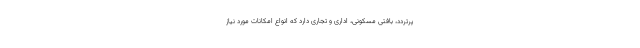
پرتردد، بافتی مسکونی، اداری و تجاری دارد که انواع امکانات مورد نیاز